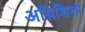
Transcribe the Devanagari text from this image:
अग्निशिल्प